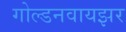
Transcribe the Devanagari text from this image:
गोल्डनवायझर